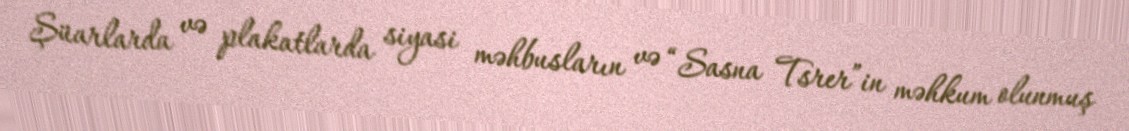
Şüarlarda və plakatlarda siyasi məhbusların və “Sasna Tsrer”in məhkum olunmuş